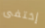
إختفى